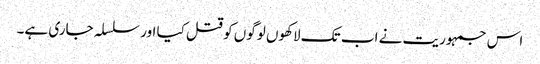
اس جمہوریت نے اب تک لاکھوں لوگوں کو قتل کیا اور سلسلہ جاری ہے۔